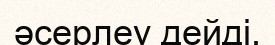
әсерлеу дейді.